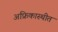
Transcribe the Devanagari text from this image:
अफ्रिकास्थीत